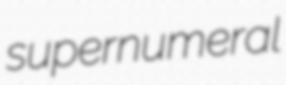
supernumeral